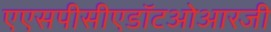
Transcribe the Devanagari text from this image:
एएसपीसीएडॉटओआरजी